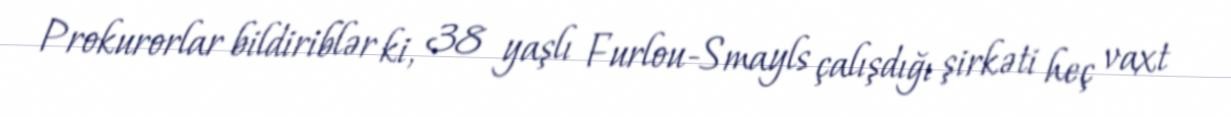
Prokurorlar bildiriblər ki, 38 yaşlı Furlou-Smayls çalışdığı şirkəti heç vaxt